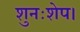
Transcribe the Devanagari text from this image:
शुनःशेप।